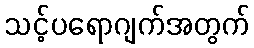
သင့်ပရောဂျက်အတွက်